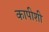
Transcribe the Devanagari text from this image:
कापीशी